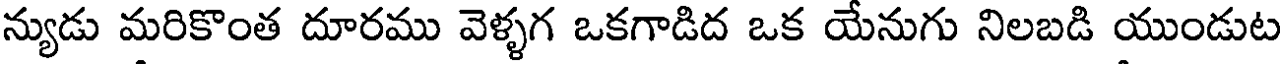
న్యుడు మరికొంత దూరము వెళ్ళగ ఒకగాడిద ఒక యేనుగు నిలబడి యుండుట